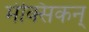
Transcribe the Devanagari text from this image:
मेक्सिकन्